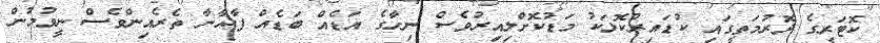
ކޮޓަރީގެ ދޮރުމަތީގައި ކުޑައިރުކޮޅަކު މަޑުކޮށްލިއިރުވެސް ނިހާގެ އަޑެއް ބަޑެއް ފާޚާނާ ތެރެއިންވެސް ނީވުމުން